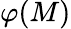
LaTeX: \varphi(M)